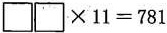
$$\Box \Box \times 1 1 = 7 8 1$$